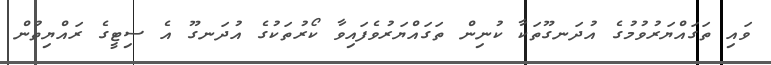
ވައި ތަގައްޔަރުވުމުގެ އުދަނގޫތަކާ ކުނިން ތަގައްޔަރުވެފައިވާ ކޯރުތަކުގެ އުދަނގޫ އެ ސިޓީގެ ރައްޔިތުން